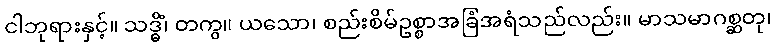
ငါဘုရားနှင့်။ သဒ္ဓိံ၊ တကွ။ ယသော၊ စည်းစိမ်ဥစ္စာအခြံအရံသည်လည်း။ မာသမာဂစ္ဆတု၊